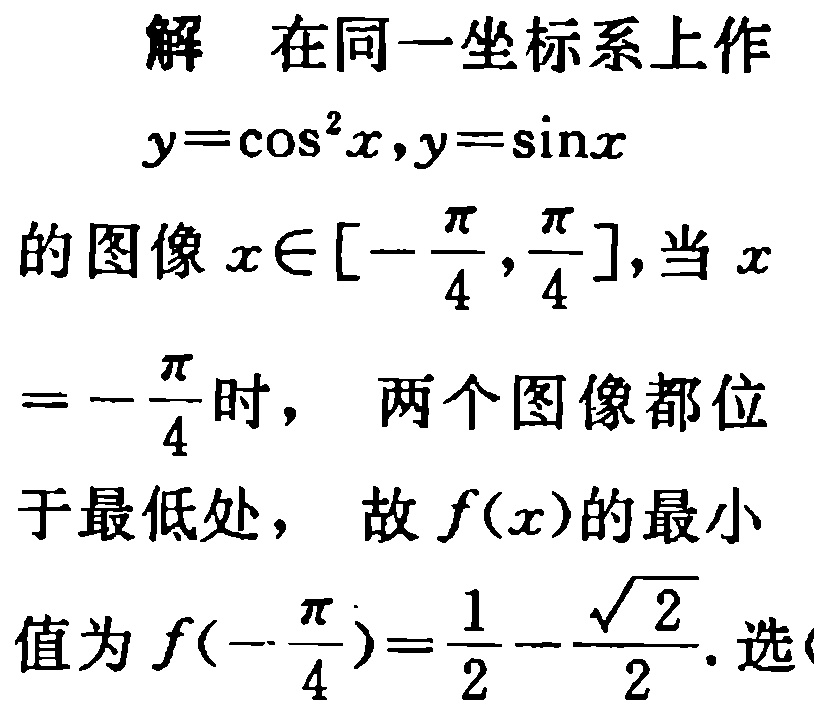
解 在同一坐标系上作
\(y = \cos^{2}x,y=\sin x\)
的图像\(x\in[-\frac{\pi}{4},\frac{\pi}{4}]\)，当\(x = -\frac{\pi}{4}\)时， 两个图像都位于最低处， 故\(f(x)\)的最小值为\(f(-\frac{\pi}{4})=\frac{1}{2}-\frac{\sqrt{2}}{2}\). 选